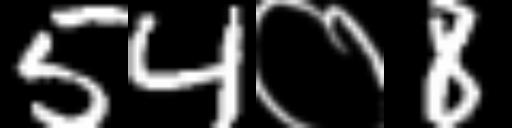
Text: 54०8